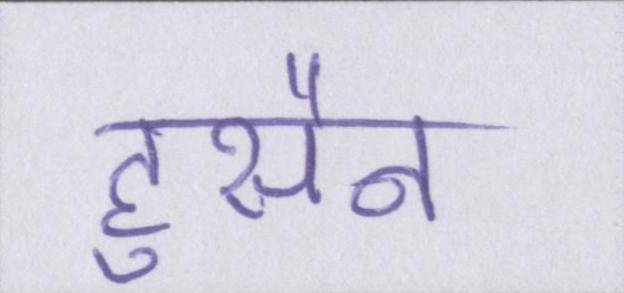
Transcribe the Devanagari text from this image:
हुसैन